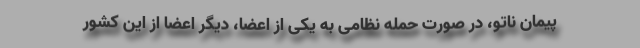
پیمان ناتو، در صورت حمله نظامی به یکی از اعضا، دیگر اعضا از این کشور